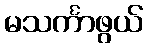
မသင်္ကာဖွယ်